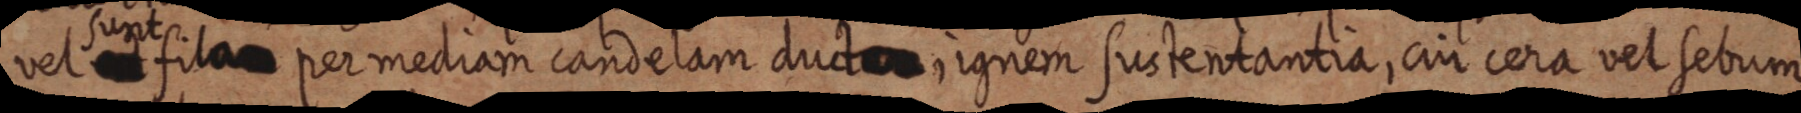
vel sunt fila per mediam candelam duct, ignem sustentantia, cui cera vel sebum